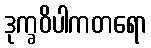
ဒုက္ခဝိပါကတရော